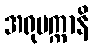
အရုပက္ကာနိ